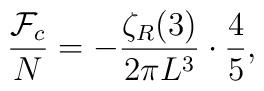
{{\cal F}_{c} \over N}=-{\zeta _{R}(3) \over 2\pi L^{3}}\cdot{4 \over 5},